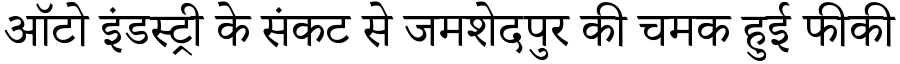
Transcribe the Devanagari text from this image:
ऑटो इंडस्ट्री के संकट से जमशेदपुर की चमक हुई फीकी